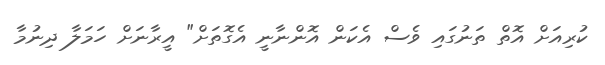
ކުރިއަށް އޮތް ތަނުގައި ވެސް އެކަން އޮންނާނީ އެގޮތަށް" އީރާނަށް ހަމަލާ ދިނުމާ